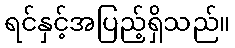
ရင်နှင့်အပြည့်ရှိသည်။